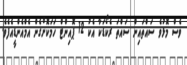
ވެސް މޮޅުވެ ސައްތައިން ސައްތަ ރެކޯޑަކާ އެކު 12 ޕޮއިންޓް ހަމަކޮށްގެން އެމްއެންޑީއެފެވެ.